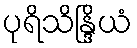
ပုရိသိန္ဒြိယံ